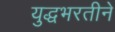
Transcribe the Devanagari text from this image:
युद्धभरतीने